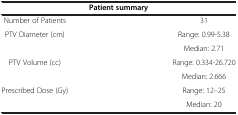
<table><thead><tr><td colspan="2"><b>Patient summary</b></td></tr></thead><tbody><tr><td>Number of Patients</td><td>31</td></tr><tr><td rowspan="2">PTV Diameter (cm)</td><td>Range: 0.99-5.38</td></tr><tr><td>Median: 2.71</td></tr><tr><td rowspan="2">PTV Volume (cc)</td><td>Range: 0.334-26.720</td></tr><tr><td>Median: 2.666</td></tr><tr><td rowspan="2">Prescribed Dose (Gy)</td><td>Range: 12–25</td></tr><tr><td>Median: 20</td></tr></tbody></table>